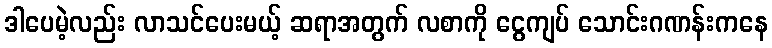
ဒါပေမဲ့လည်း လာသင်ပေးမယ့် ဆရာအတွက် လစာကို ငွေကျပ် သောင်းဂဏန်းကနေ